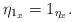
LaTeX: \begin{align*}\eta_{1_x} = 1_{\eta_x}.\end{align*}